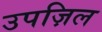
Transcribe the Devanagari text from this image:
उपज़िल